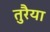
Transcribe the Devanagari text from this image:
तुरैया